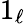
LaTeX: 1_{\ell}